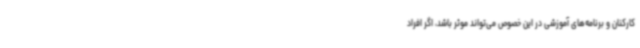
کارکنان و برنامه‌های آموزشی در این خصوص می‌تواند موثر باشد، اگر افراد